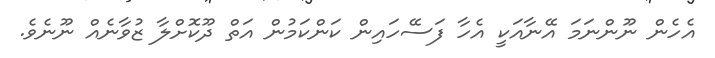
އެހެން ނޫންނަމަ އޭނާއަކީ އެހާ ފަސޭހައިން ކަންކަމުން އަތް ދޫކޮށްލާ ޒުވާނެއް ނޫނެވެ.